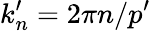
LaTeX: k_{n}^{\prime}=2\pi n/p^{\prime}